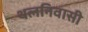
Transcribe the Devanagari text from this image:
थलनिवासी